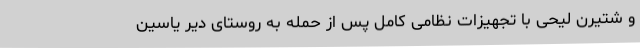
و شتیرن لیحی با تجهیزات نظامی کامل پس از حمله به روستای دیر یاسین